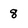
Character: 8